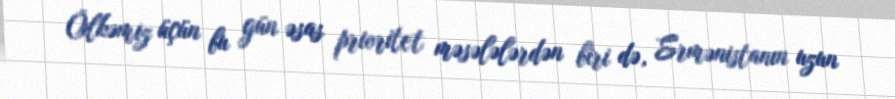
Ölkəmiz üçün bu gün əsas prioritet məsələlərdən biri də, Ermənistanın uzun